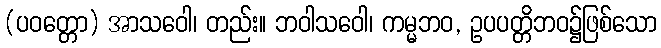
(ပဝတ္တော) အာသဝေါ၊ တည်း။ ဘဝါသဝေါ၊ ကမ္မဘဝ, ဥပပတ္တိဘဝ၌ဖြစ်သော